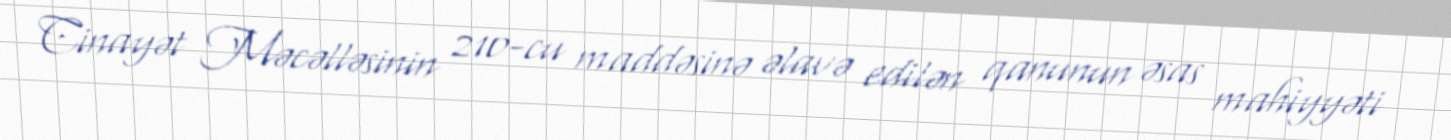
Cinayət Məcəlləsinin 210-cu maddəsinə əlavə edilən qanunun əsas mahiyyəti